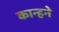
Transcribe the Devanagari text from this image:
कान्हने